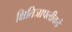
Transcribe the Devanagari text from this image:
क्षितिजापलीकडे